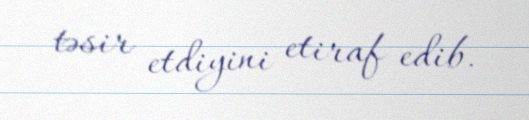
təsir etdiyini etiraf edib.